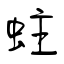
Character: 蛀